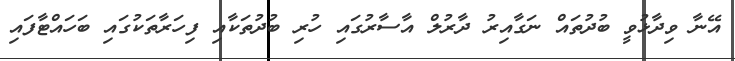
އޭނާ ވިދާޅުވީ ބުދުތައް ނަގާއިރު ދާރުލް އާސާރުގައި ހުރި ބުދުތަކާއި ފިހަރާތަކުގައި ބަހައްޓާފައި